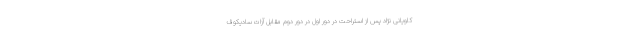
کاویانی نژاد پس از استراحت در دور اول در دور دوم مقابل آزات سادیکوف